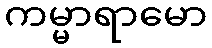
ကမ္မာရာမော